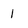
Character: 1